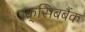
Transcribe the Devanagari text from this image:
उक्र्सिबबैंक